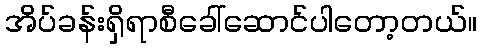
အိပ်ခန်းရှိရာစီခေါ်ဆောင်ပါတော့တယ်။